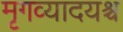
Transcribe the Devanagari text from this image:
मृगव्यादयश्च